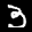
Label: 3